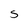
Character: S